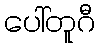
ပေါ်တူဂီ